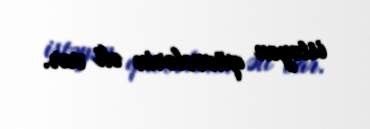
istəyən qüvvələrin əli var.